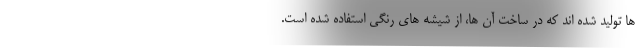
ها تولید شده اند که در ساخت آن ها، از شیشه های رنگی استفاده شده است.